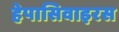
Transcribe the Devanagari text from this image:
हेपासिवाइरस